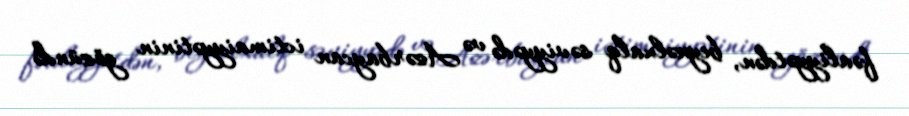
fəaliyyətdən, beynəlxalq səviyyədə və Azərbaycan ictimaiyyətinin gözündə